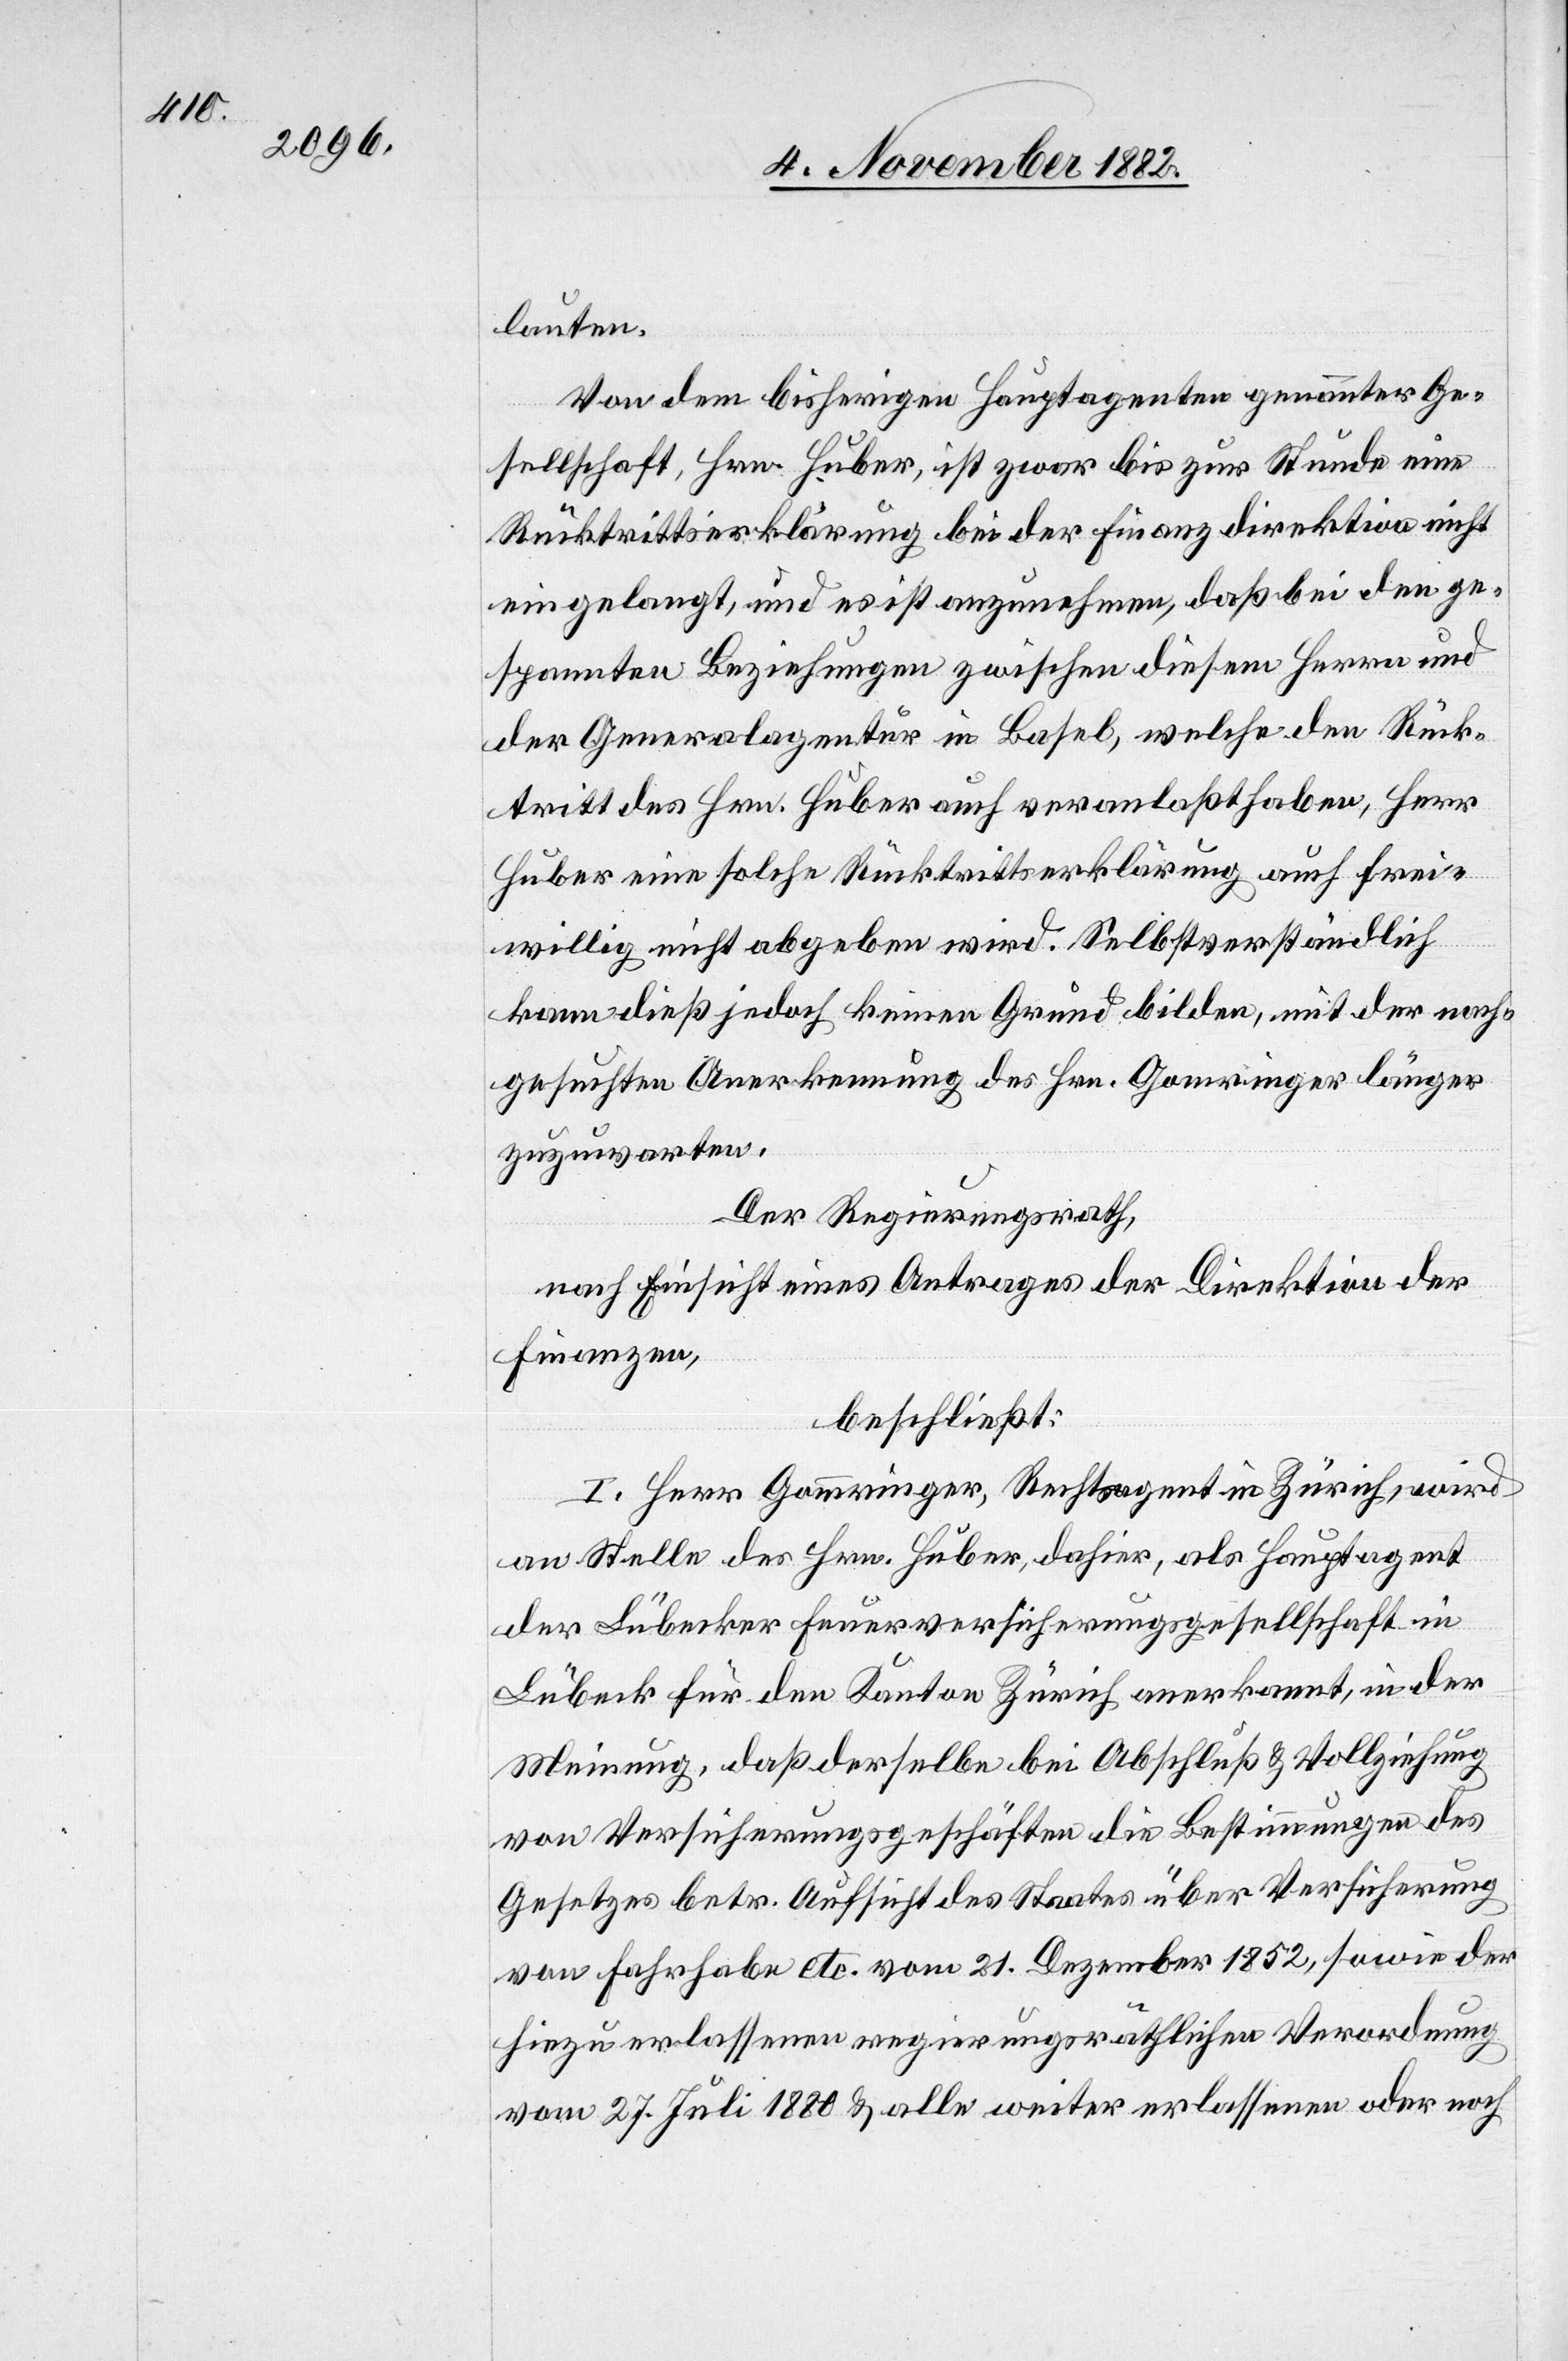
lauten.
Von dem bisherigen Hauptagenten genannter Ge¬
sellschaft, Hrn. Huber, ist zwar bis zur Stunde eine
Rücktrittserklärung bei der Finanzdirektion nicht
eingelangt, und es ist anzunehmen, daß bei den ge¬
spannten Beziehungen zwischen diesem Herrn und
der Generalagentur in Basel, welche den Rück¬
tritt des Hrn. Huber auch veranlaßt haben, Herr
Huber eine solche Rücktrittserklärung auch frei¬
willig nicht abgeben wird. Selbstverständlich
kann dieß jedoch keinen Grund bilden, mit der nach¬
gesuchten Anerkennung des Hrn. Gomringer länger
zuzuwarten.
Der Regierungsrath,
nach Einsicht eines Antrages der Finanzdirektion,
beschließt:
I. Herr Gomringer, Rechtsagent in Zürich, wird
an Stelle des Hrn. Huber, dahier, als Hauptagent
der Lübecker Feuerversicherungsgesellschaft in
Lübeck für den Kanton Zürich anerkannt, in der
Meinung, daß derselbe bei Abschluß & Vollziehung
von Versicherungsgeschäften die Bestimmungen des
Gesetzes betr. Aufsicht des Staates über Versicherung
von Fahrhabe etc. vom 21. Dezember 1852, sowie der
hiezu erlassenen regierungsräthlichen Verordnung
vom 27. Juli 1880 & alle weiter erlassenen oder noch